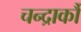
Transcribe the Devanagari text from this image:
चन्द्रार्कौ